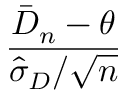
\frac { { \bar { D } } _ { n } - \theta } { { \hat { \sigma } } _ { D } / { \sqrt { n } } }